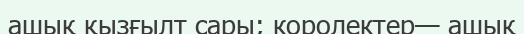
ашық қызғылт сары; королектер— ашық